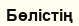
Бөлістің